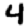
Digit: 4